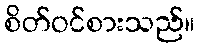
စိတ်ဝင်စားသည်။